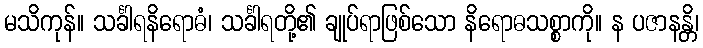
မသိကုန်။ သင်္ခါရနိရောဓံ၊ သင်္ခါရတို့၏ ချုပ်ရာဖြစ်သော နိရောဓသစ္စာကို။ န ပဇာနန္တိ၊